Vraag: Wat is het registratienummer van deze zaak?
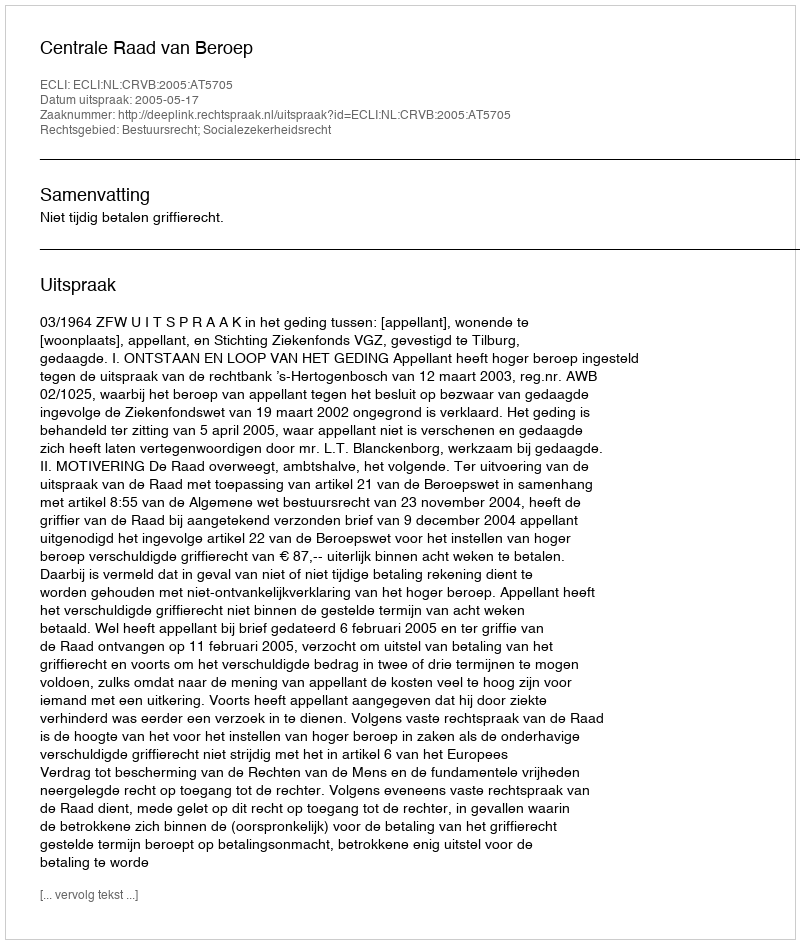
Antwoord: http://deeplink.rechtspraak.nl/uitspraak?id=ECLI:NL:CRVB:2005:AT5705